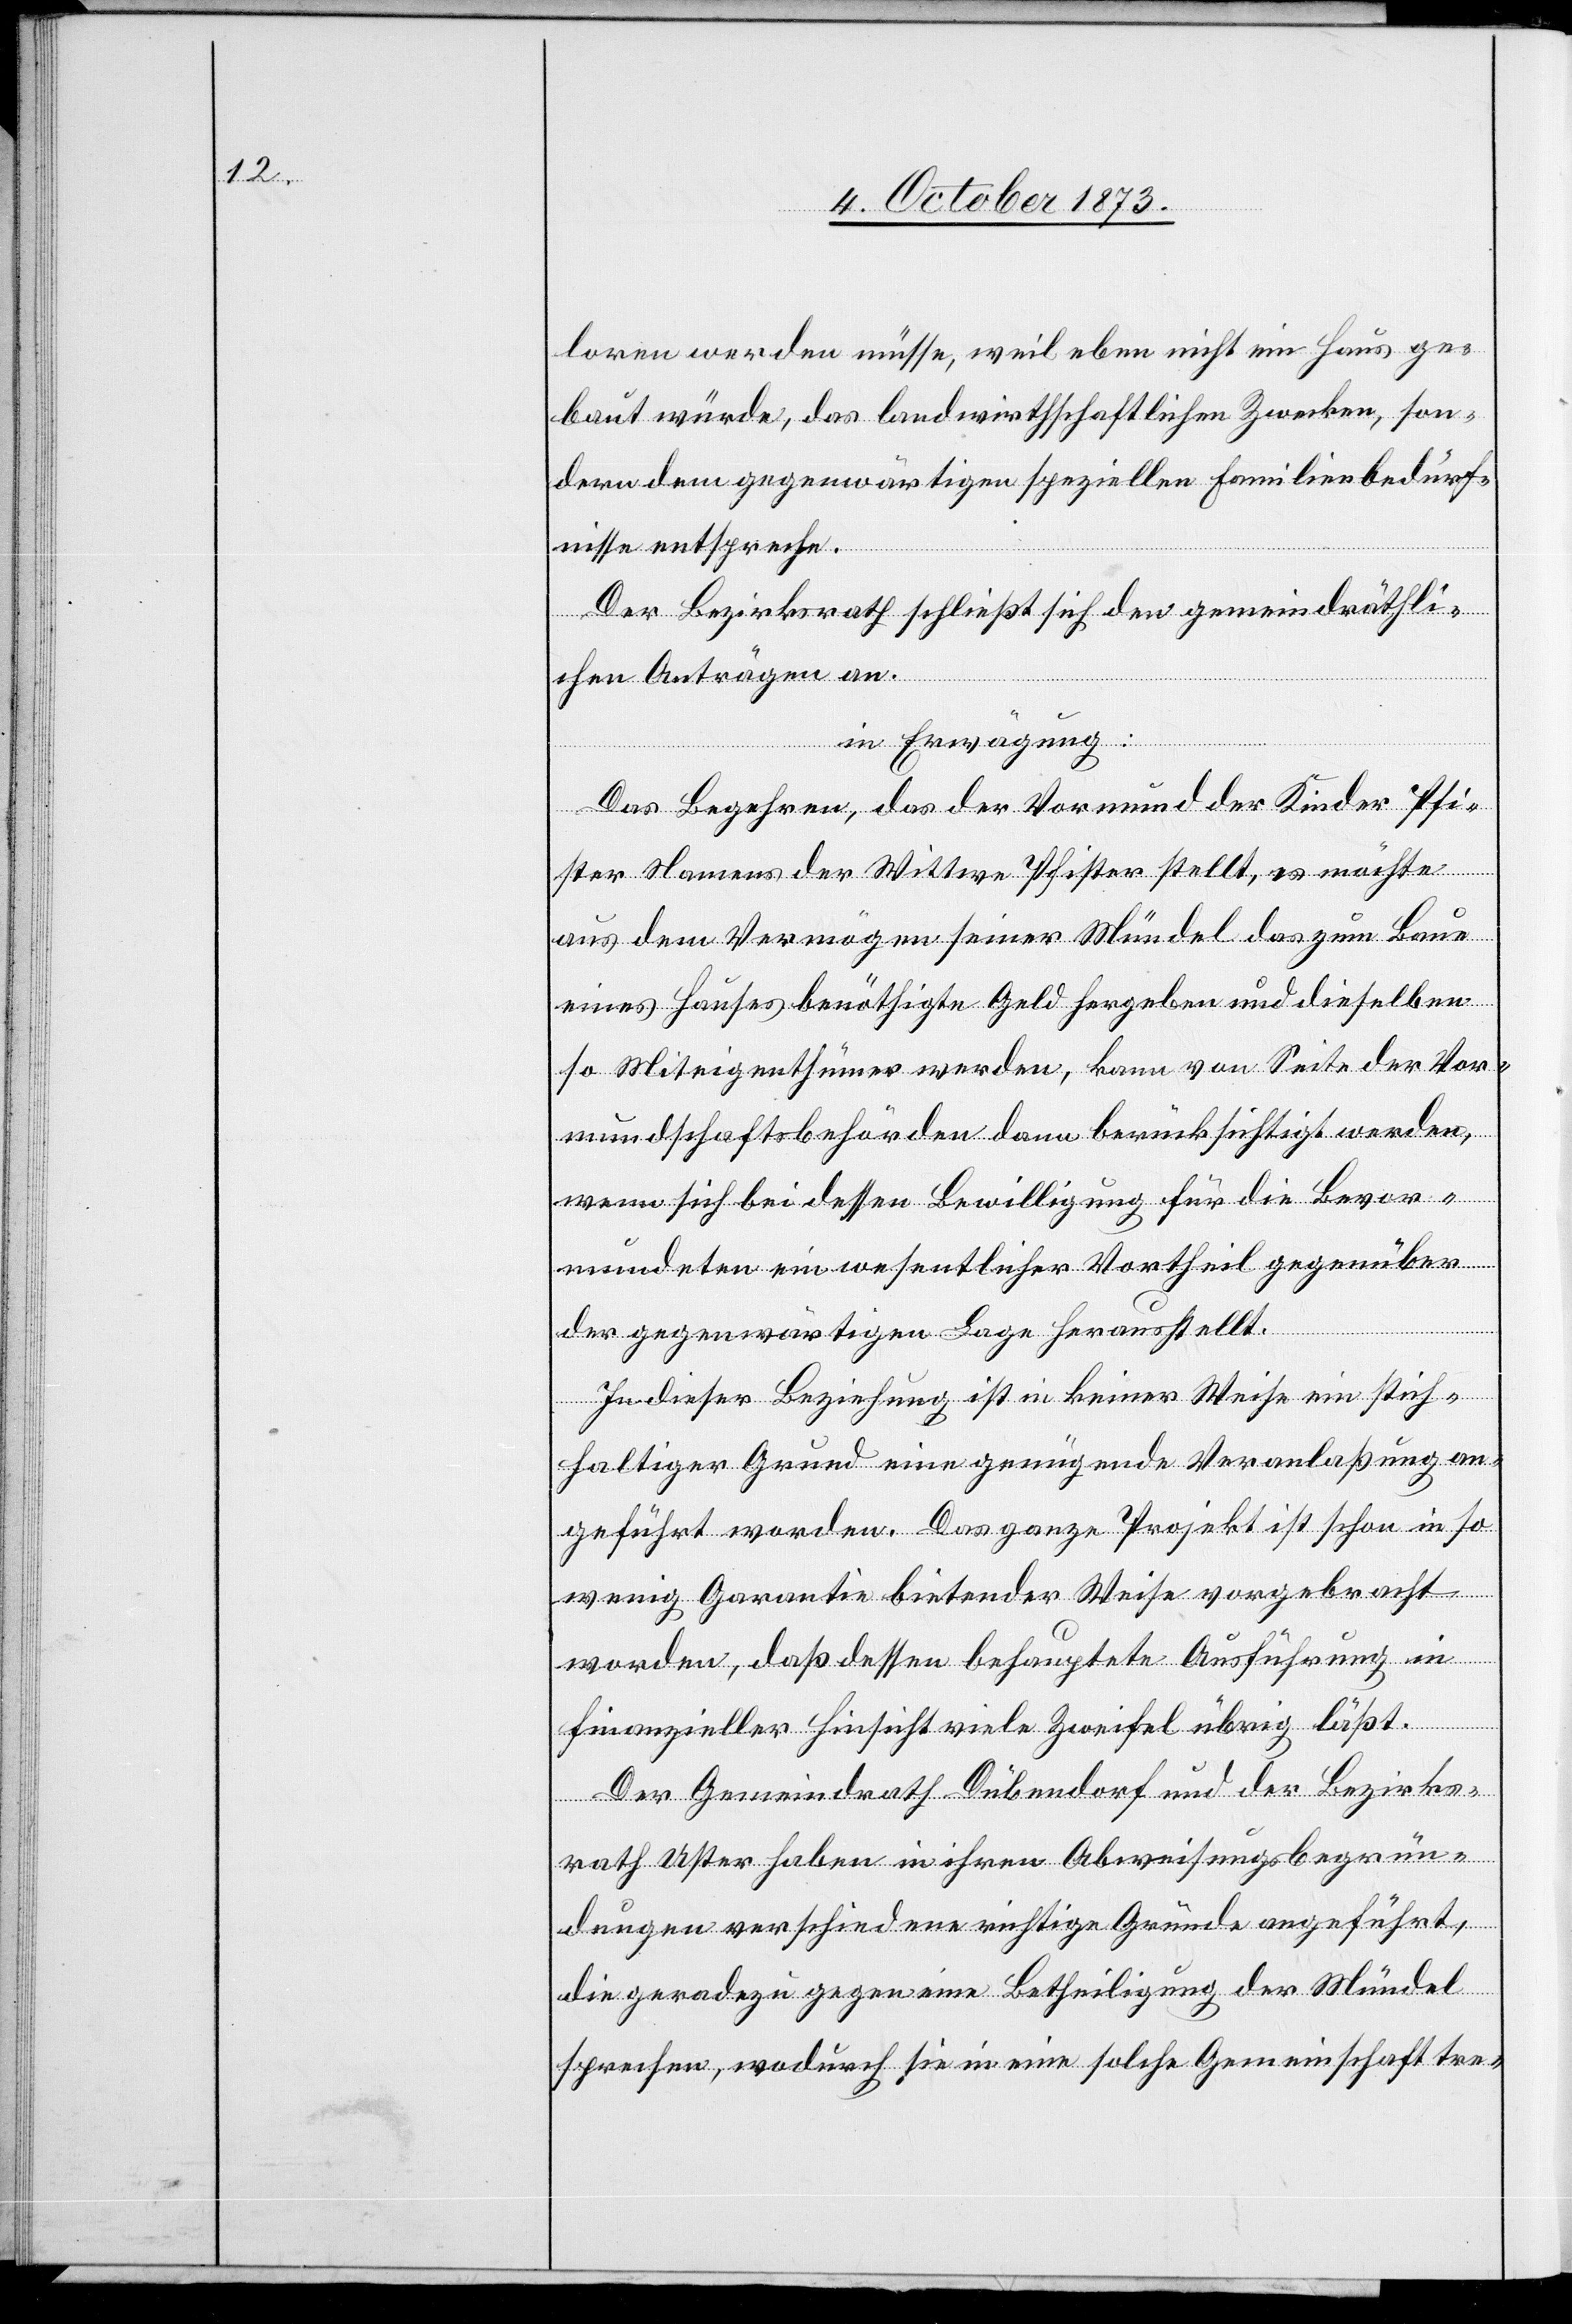
loren werden müsse, weil eben nicht ein Haus ge¬
baut würde, das landwirthschaftlichen Zwecken, son¬
dern dem gegenwärtigen speziellen Familienbedürf¬
nisse entspreche.
Der Bezirksrath schließt sich den gemeindräthli¬
chen Anträgen an.
in Erwägung:
Das Begehren, das der Vormund der Kinder Pfi¬
ster Namens der Wittwe Pfister stellt, es möchte
aus dem Vermögen seiner Mündel das zum Baue
eines Hauses benöthigte Geld hergeben und dieselben
so Miteigenthümer werden, kann von Seite der Vor¬
mundschaftsbehörden dann berücksichtigt werden,
wenn sich bei dessen Bewilligung für die Bevor¬
mundeten ein wesentlicher Vortheil gegenüber
der gegenwärtigen Lage herausstellt.
In dieser Bezeichnung ist in keiner Weise ein stich¬
haltiger Grund eine genügende Veranlaßung an¬
geführt worden. Das ganze Projekt ist schon in so
wenig Garantie bietender Weise vorgebracht
worden, daß dessen behauptete Ausführung in
finanzieller Hinsicht viele Zweifel übrig läßt.
Der Gemeindrath Dübendorf und der Bezirks¬
rath Uster haben in ihren Abweisungsbegrün¬
dungen verschiedene richtige Gründe angeführt,
die geradezu gegen eine Betheiligung der Mündel
sprechen, wodurch sie in eine solche Gemeinschaft tre-